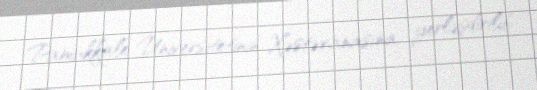
Pamukkale Universitetinin Xəstəxanasına yerləşdirilib.